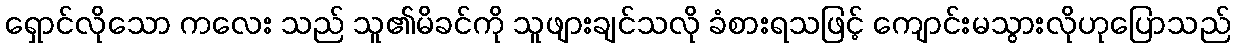
ရှောင်လိုသော ကလေး သည် သူ၏မိခင်ကို သူဖျားချင်သလို ခံစားရသဖြင့် ကျောင်းမသွားလိုဟုပြောသည်